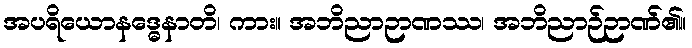
အပရိယောနဒ္ဓေနာတိ၊ ကား။ အဘိညာဉာဏဿ၊ အဘိညာဉ်ဉာဏ်၏။